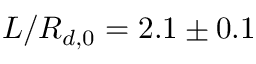
L / R _ { d , 0 } = 2 . 1 \pm 0 . 1